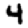
Digit: 4